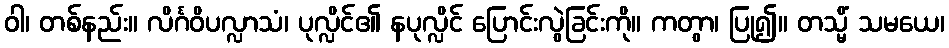
ဝါ၊ တစ်နည်း။ လိင်္ဂဝိပလ္လာသံ၊ ပုလ္လိင်၏ နပုလ္လိင် ပြောင်းလွဲခြင်းကို။ ကတွာ၊ ပြု၍။ တသ္မိံ သမယေ၊